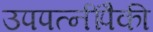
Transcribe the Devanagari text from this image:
उपपत्‍नींपैकी